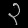
Digit: ၃